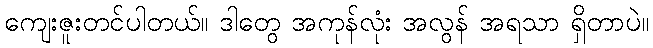
ကျေးဇူးတင်ပါတယ်။ ဒါတွေ အကုန်လုံး အလွန် အရသာ ရှိတာပဲ။